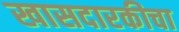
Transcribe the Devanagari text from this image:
खासदारकीचा